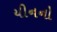
યીનનો